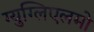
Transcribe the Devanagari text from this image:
ग्युग्लिएलमो